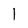
Character: 1